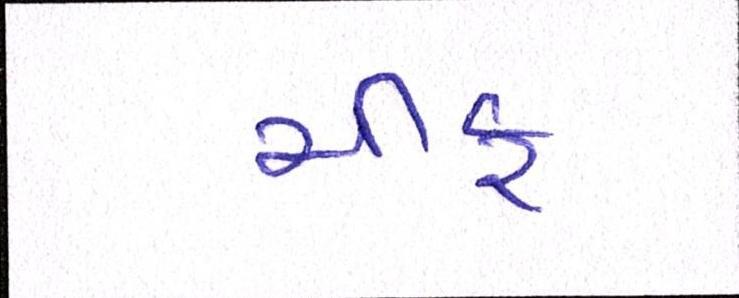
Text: ચીફ